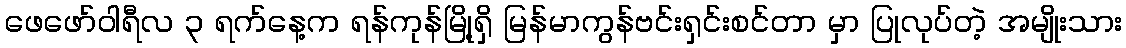
ဖေဖော်ဝါရီလ ၃ ရက်နေ့က ရန်ကုန်မြို့ရှိ မြန်မာကွန်ဗင်းရှင်းစင်တာ မှာ ပြုလုပ်တဲ့ အမျိုးသား